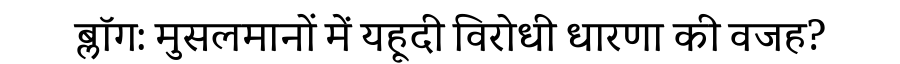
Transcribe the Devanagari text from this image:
ब्लॉग: मुसलमानों में यहूदी विरोधी धारणा की वजह?